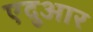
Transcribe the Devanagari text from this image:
एदुआर